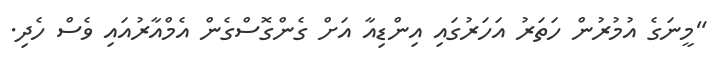
"މީނަގެ އުމުރުން ހަތަރު އަހަރުގައި އިންޑިއާ އަށް ގެންގޮސްގެން އެމްއާރުއައި ވެސް ހެދި.